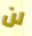
لن